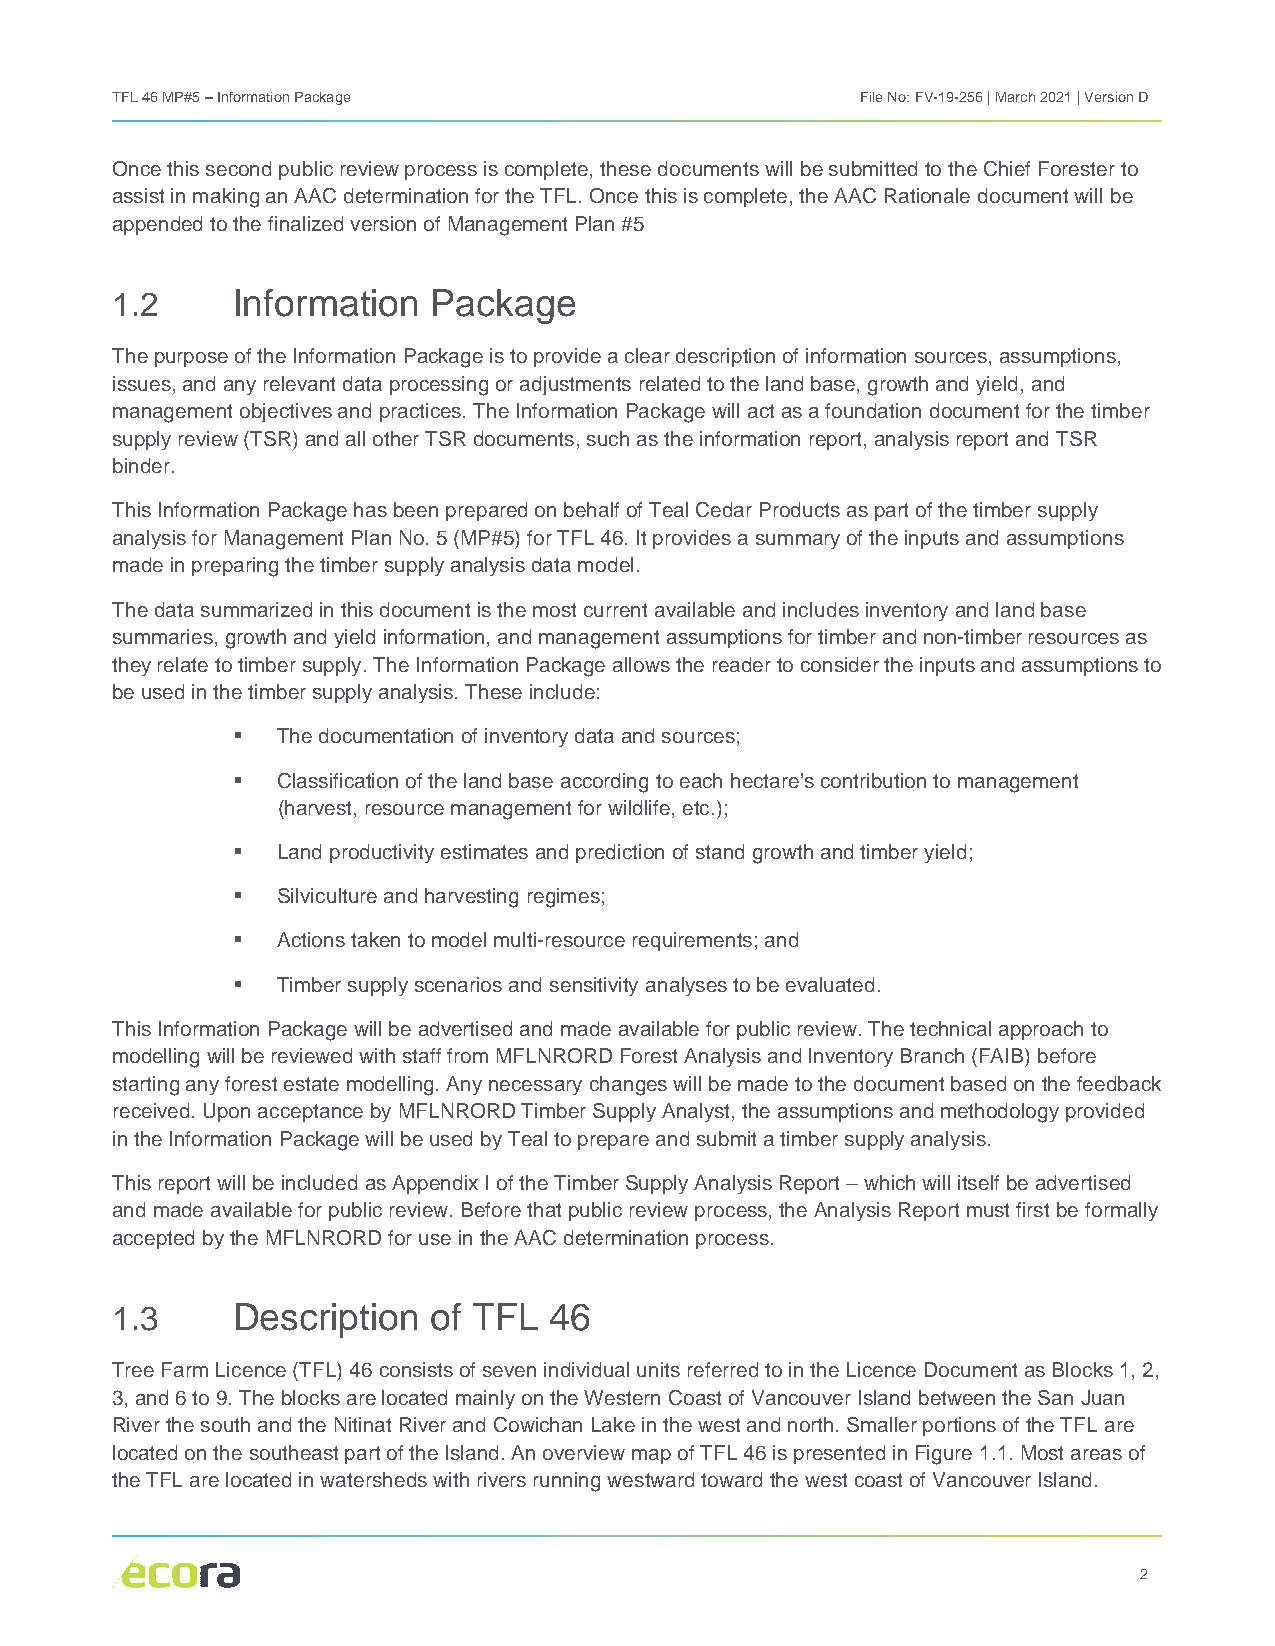
TFL 46 MP#5 – Information Package                 File No: FV-19-256 | March 2021 | Version D
 Once this second public review process is complete, these documents will be submitted to the Chief Forester to
 assist in making an AAC determination for the TFL. Once this is complete, the AAC Rationale document will be
 appended to the finalized version of Management Plan #5
 1.2     Information   Package
 The purpose of the Information Package is to provide a clear description of information sources, assumptions,
 issues, and any relevant data processing or adjustments related to the land base, growth and yield, and
 management objectives and practices. The Information Package will act as a foundation document for the timber
 supply review (TSR) and all other TSR documents, such as the information report, analysis report and TSR
 binder.
 This Information Package has been prepared on behalf of Teal Cedar Products as part of the timber supply
 analysis for Management Plan No. 5 (MP#5) for TFL 46. It provides a summary of the inputs and assumptions
 made in preparing the timber supply analysis data model.
 The data summarized in this document is the most current available and includes inventory and land base
 summaries, growth and yield information, and management assumptions for timber and non-timber resources as
 they relate to timber supply. The Information Package allows the reader to consider the inputs and assumptions to
 be used in the timber supply analysis. These include:
   The documentation of inventory data and sources;
   Classification of the land base according to each hectare’s contribution to management
 (harvest, resource management for wildlife, etc.);
   Land productivity estimates and prediction of stand growth and timber yield;
   Silviculture and harvesting regimes;
   Actions taken to model multi-resource requirements; and
   Timber supply scenarios and sensitivity analyses to be evaluated.
 This Information Package will be advertised and made available for public review. The technical approach to
 modelling will be reviewed with staff from MFLNRORD Forest Analysis and Inventory Branch (FAIB) before
 starting any forest estate modelling. Any necessary changes will be made to the document based on the feedback
 received. Upon acceptance by MFLNRORD Timber Supply Analyst, the assumptions and methodology provided
 in the Information Package will be used by Teal to prepare and submit a timber supply analysis.
 This report will be included as Appendix I of the Timber Supply Analysis Report – which will itself be advertised
 and made available for public review. Before that public review process, the Analysis Report must first be formally
 accepted by the MFLNRORD for use in the AAC determination process.
 1.3     Description   of TFL 46
 Tree Farm Licence (TFL) 46 consists of seven individual units referred to in the Licence Document as Blocks 1, 2,
 3, and 6 to 9. The blocks are located mainly on the Western Coast of Vancouver Island between the San Juan
 River the south and the Nitinat River and Cowichan Lake in the west and north. Smaller portions of the TFL are
 located on the southeast part of the Island. An overview map of TFL 46 is presented in Figure 1.1. Most areas of
 the TFL are located in watersheds with rivers running westward toward the west coast of Vancouver Island.
 2